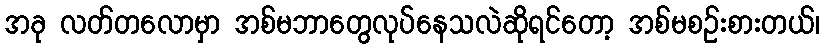
အခု လတ်တလောမှာ အစ်မဘာတွေလုပ်နေသလဲဆိုရင်တော့ အစ်မစဉ်းစားတယ်၊